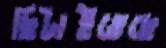
ছিটাইতেছে